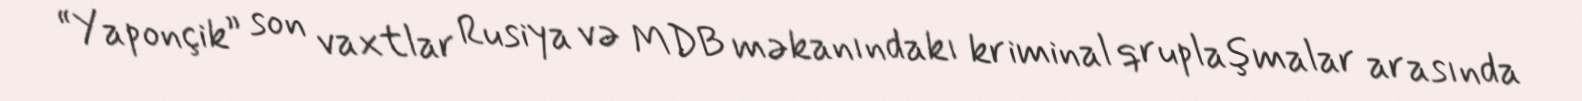
“Yaponçik” son vaxtlar Rusiya və MDB məkanındakı kriminal qruplaşmalar arasında